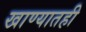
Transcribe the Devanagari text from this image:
खाण्यातही